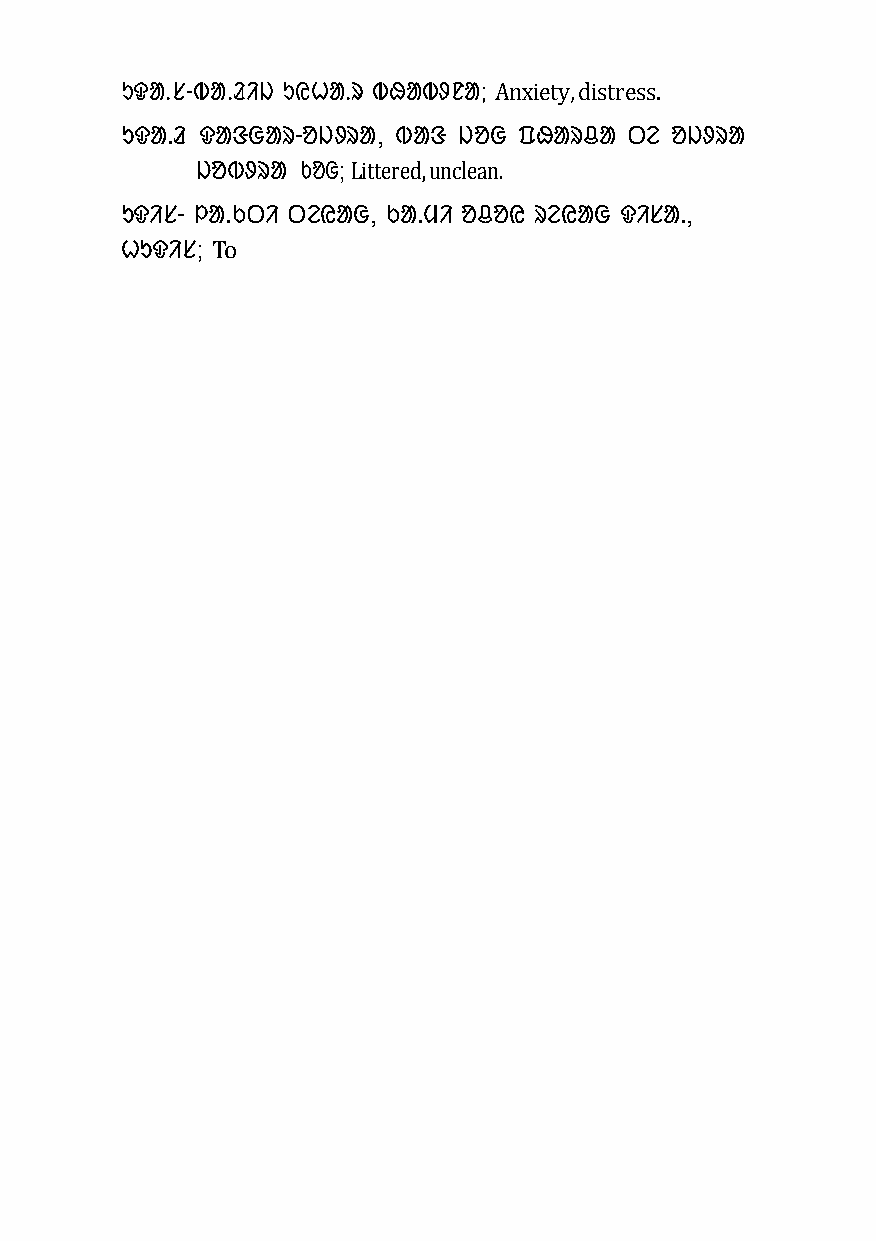
ᱩᱫᱟᱹᱥ-ᱵᱟᱹᱲᱤᱡ ᱩᱭᱦᱟᱹᱨ ᱵᱷᱟᱵᱽᱱᱟ; Anxiety, distress.
 ᱩᱫᱟᱹᱲ ᱫᱟᱝᱜᱟᱨ-ᱚᱡᱽᱨᱟ, ᱵᱟᱝ ᱡᱚᱜ ᱯᱷᱟᱨᱪᱟ ᱛᱮ ᱚᱡᱽᱨᱟ
 ᱡᱚᱵᱽᱨᱟ ᱠᱚᱜ; Littered, unclean.
 ᱩᱫᱤᱥ- ᱞᱟᱹᱠᱛᱤ ᱛᱮᱭᱟᱜ, ᱠᱟᱹᱢᱤ ᱚᱪᱚᱭ ᱨᱮᱭᱟᱜ ᱫᱤᱥᱟᱹ,
 ᱦᱩᱫᱤᱥ; To